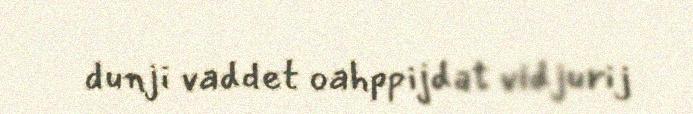
dunji vaddet oahppijdat vidjurij